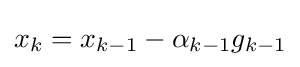
x_{k}=x_{k-1}-\alpha _{k-1}g_{k-1}